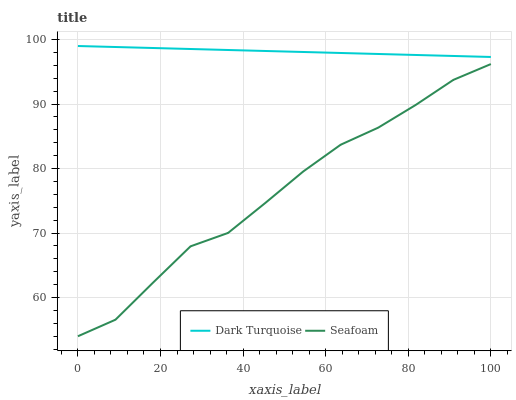
| xaxis_label | Dark Turquoise | Seafoam |
 | --- | --- | --- |
 | 0 | 99 | 54 |
 | 9.09 | 98.8 | 56.6 |
 | 18.2 | 98.7 | 62.3 |
 | 27.3 | 98.5 | 67.9 |
 | 36.4 | 98.4 | 70 |
 | 45.5 | 98.2 | 74.7 |
 | 54.5 | 98.1 | 79.5 |
 | 63.6 | 97.9 | 83.7 |
 | 72.7 | 97.8 | 86.3 |
 | 81.8 | 97.6 | 89.9 |
 | 90.9 | 97.5 | 93.7 |
 | 100 | 97.3 | 96.2 |